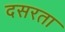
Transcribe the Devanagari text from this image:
दसरता